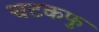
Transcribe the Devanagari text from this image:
चटकफु